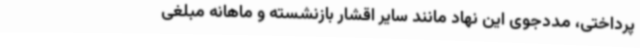
پرداختی، مددجوی این نهاد مانند سایر اقشار بازنشسته و ماهانه مبلغی